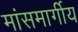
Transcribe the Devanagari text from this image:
मांसमार्गीय